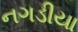
નગડીયા